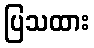
ပြသထား